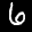
Label: 6